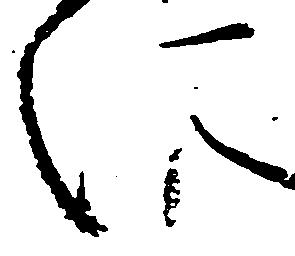
に